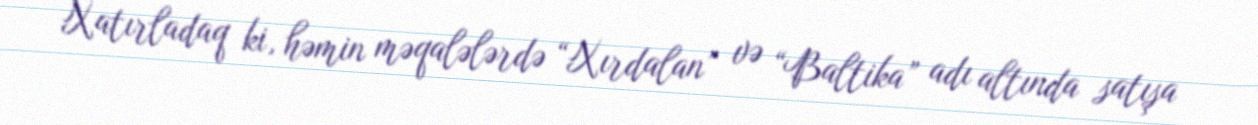
Xatırladaq ki, həmin məqalələrdə “Xırdalan” və “Baltika” adı altında satışa